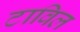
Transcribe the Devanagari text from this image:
टाविल